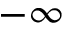
- \infty